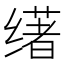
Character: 𬙅